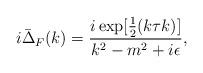
LaTeX: \begin{align*}i{\bar\Delta}_F(k)=\frac{i\exp[\frac{1}{2}(k\tau k)]}{k^2-m^2+i\epsilon},\end{align*}